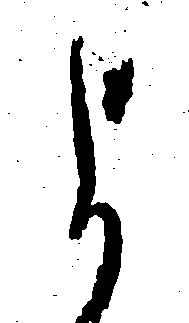
よ